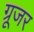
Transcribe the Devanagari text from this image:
ग्रूजर